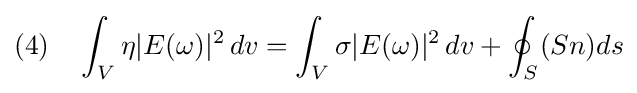
(4)\quad \int _{V}\eta |E(\omega )|^{2}\,dv=\int _{V}\sigma |E(\omega )|^{2}\,dv+\oint _{S}(Sn)ds